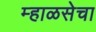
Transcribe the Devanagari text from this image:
म्हाळसेचा